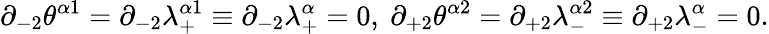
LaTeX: \partial_{-2}\theta^{\alpha 1}=\partial_{-2}\lambda_{+}^{\alpha 1}\equiv\partial_{-2}\lambda_{+}^{\alpha}=0,\ \partial_{+2}\theta^{\alpha 2}=\partial_{+2}\lambda_{-}^{\alpha 2}\equiv\partial_{+2}\lambda_{-}^{\alpha}=0.